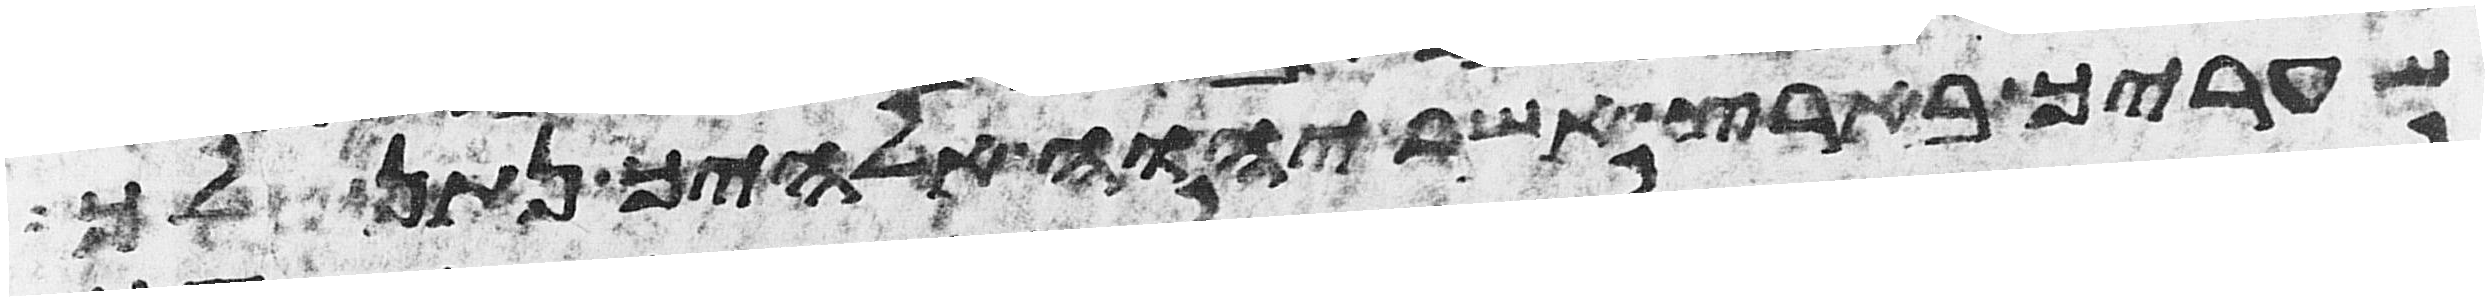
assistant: שעריך בארץ אשר יהוה אלהיך נתן לך